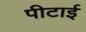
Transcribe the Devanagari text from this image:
पीटाई